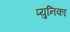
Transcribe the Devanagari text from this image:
प्युनिका